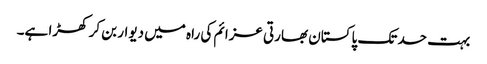
بہت حد تک پاکستان بھارتی عزائم کی راہ میں دیوار بن کر کھڑا ہے۔